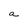
Character: a